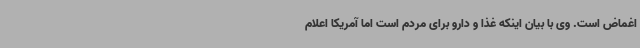
اغماض است. وی با بیان اینکه غذا و دارو برای مردم است اما آمریکا اعلام